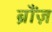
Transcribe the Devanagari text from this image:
ब्रौंज़